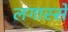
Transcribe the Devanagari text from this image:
लगास्से